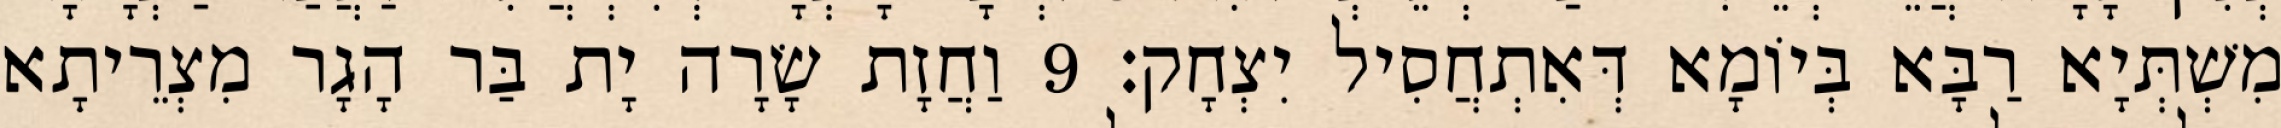
מִשְׁתְּיָא רַבָּא בְּיוֹמָא דְּאִתְחֲסִיל יִצְחָק׃ 9 וַחֲזָת שָׂרָה יָת בַּר הָגָר מִצְרֵיתָא